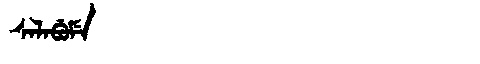
Manchu: ᠰᠠᠯᠠᠪᡠᠮᡝ
Romanization: SALABUME